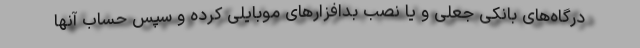
درگاه‌های بانکی جعلی و یا نصب بدافزارهای موبایلی کرده و سپس حساب آنها